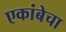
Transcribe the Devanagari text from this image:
एकांबेचा